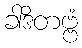
ခါဒိတဗ္ဗံ